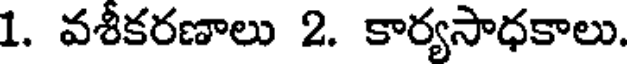
1. వశీకరణాలు 2. కార్యసాధకాలు.